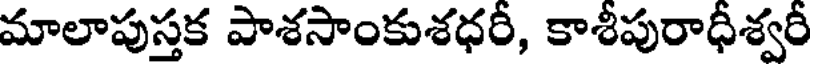
మాలాపుస్తక పాశసాంకుశధరీ, కాశీపురాధీశ్వరీ